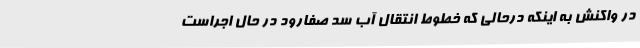
در واکنش به اینکه درحالی که خطوط انتقال آب سد صفارود در حال اجراست